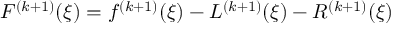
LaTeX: F ^ { ( k + 1 ) } ( \xi ) = f ^ { ( k + 1 ) } ( \xi ) - L ^ { ( k + 1 ) } ( \xi ) - R ^ { ( k + 1 ) } ( \xi )